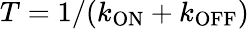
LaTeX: T=1/(k_{\mathrm{ON}}+k_{\mathrm{OFF}})